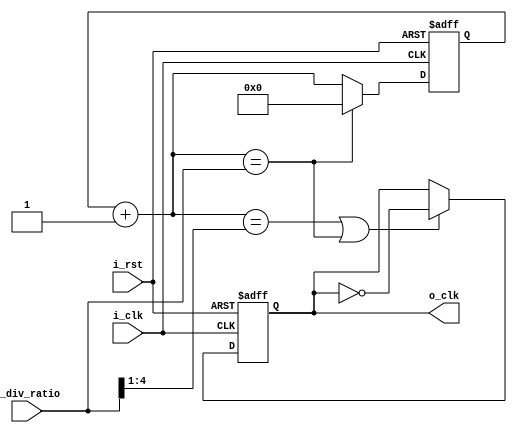
module system_clk_div(
    input wire i_clk, i_rst, 
    input wire [4 : 0]  i_div_ratio,
    output reg o_clk  
);


    always @(posedge i_clk or negedge i_rst ) begin
        if(~i_rst)
            begin
                o_clk <= 1'b0;
            end 
        else 
            begin
                if (cnt_center | cnt_done )
                    begin
                        o_clk <= ~o_clk;
                    end
            end 
    end


    // 

    reg [4:0] cnt , cnt_comb; 
    
    wire cnt_done , cnt_center; 
    assign cnt_done = (cnt_comb == (i_div_ratio));

    assign cnt_center = (cnt_comb == (i_div_ratio >> 1));

    always @ (posedge i_clk or negedge i_rst)
        begin
            if(~i_rst)
                begin
                    cnt <= 5'b0; 
                end 

            else 
                begin
                    if (cnt_done)
                        cnt <= 5'b0; 
                    else 
                        cnt <= cnt_comb; 
                end 
        end 

    always @(*)
        begin
            cnt_comb <= cnt + 1'b1; 
        end 

    

endmodule